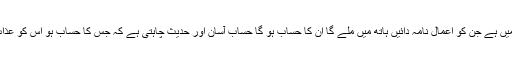
آیت میں ہے جن کو اعمال نامہ دائیں ہاتھ میں ملے گا ان کا حساب ہو گا حسابِ آسان اور حدیث چاہتی ہے کہ جس کا حساب ہو اس کو عذاب ہو۔